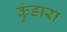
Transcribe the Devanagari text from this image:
कुंडारा